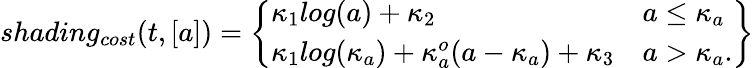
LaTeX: shading_{cost}(t,[a])=\left.\left\{ \begin{array}{ll}{\kappa_{1}log(a)+\kappa_{2}}&{a\leq\kappa_{a}}\\ {\kappa_{1}log(\kappa_{a})+\kappa_{a}^{o}(a-\kappa_{a})+\kappa_{3}}&{a>\kappa_{a}.}\end{array}\right.\right\}